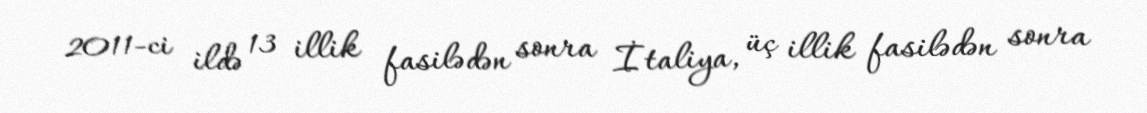
2011-ci ildə 13 illik fasilədən sonra İtaliya, üç illik fasilədən sonra